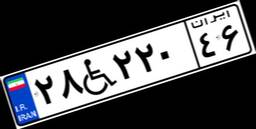
۲۸W۲۲۰۴۶